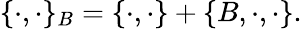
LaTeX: \{ \cdot,\cdot\} _{B}=\{ \cdot,\cdot\} +\{ B,\cdot,\cdot\} .